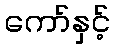
ကော်နှင့်